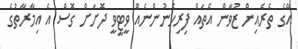
އޭގެ ތެރެއިން ޒުވާން އެތައް ފިރިހެނުންނެއް ވީޓީވީ ދޮށަށް ގޮސް އެ އިމާރާތުގެ